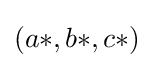
(a*,b*,c*)